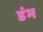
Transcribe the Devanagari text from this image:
डंभ